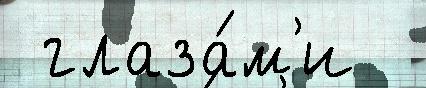
 глаза́м'и